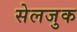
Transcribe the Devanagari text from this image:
सेलजुक